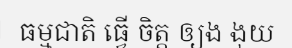
ធម្មជាតិ ធ្វើ ចិត្ត ឲ្យង ងុយ